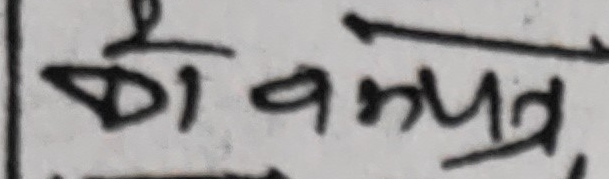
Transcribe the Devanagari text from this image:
की वमपत्र,